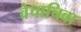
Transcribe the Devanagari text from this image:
वेचाचिवा